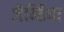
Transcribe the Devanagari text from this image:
जेन्तिया